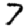
Digit: 7